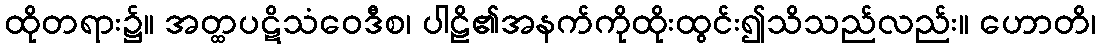
ထိုတရား၌။ အတ္ထပဋိသံဝေဒီစ၊ ပါဠိ၏အနက်ကိုထိုးထွင်း၍သိသည်လည်း။ ဟောတိ၊